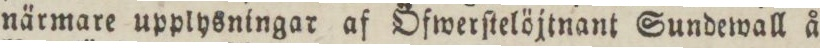
närmare upplysningar af Öfwerſtelöjtnant Sundewall å